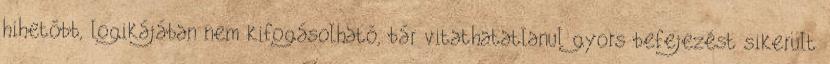
hihetőbb, logikájában nem kifogásolható, bár vitathatatlanul gyors befejezést sikerült